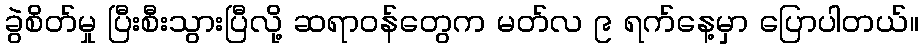
ခွဲစိတ်မှု ပြီးစီးသွားပြီလို့ ဆရာဝန်တွေက မတ်လ ၉ ရက်နေ့မှာ ပြောပါတယ်။